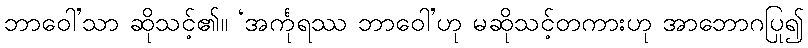
ဘာဝေါ’သာ ဆိုသင့်၏။ ‘အင်္ကုရဿ ဘာဝေါ’ဟု မဆိုသင့်တကားဟု အာဘောဂပြု၍